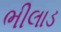
ભીલાડ